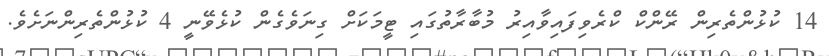
14 ކުޅުންތެރިން ރޭންކް ކްރެވިފައިވާއިރު މުބާރާތުގައި ޓީމަކަށް ގިނަވެގެން ކުޅެވޭނީ 4 ކުޅުންތެރިންނަށެވެ.